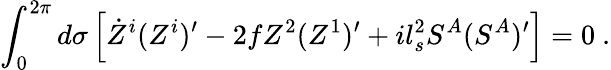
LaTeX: \int_{0}^{2\pi}d\sigma\left[\dot{Z}^{i}(Z^{i})^{\prime}-2fZ^{2}(Z^{1})^{\prime}+il_{s}^{2}S^{A}(S^{A})^{\prime}\right]=0~.